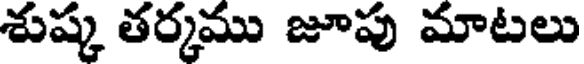
శుష్క తర్కము జూపు మాటలు